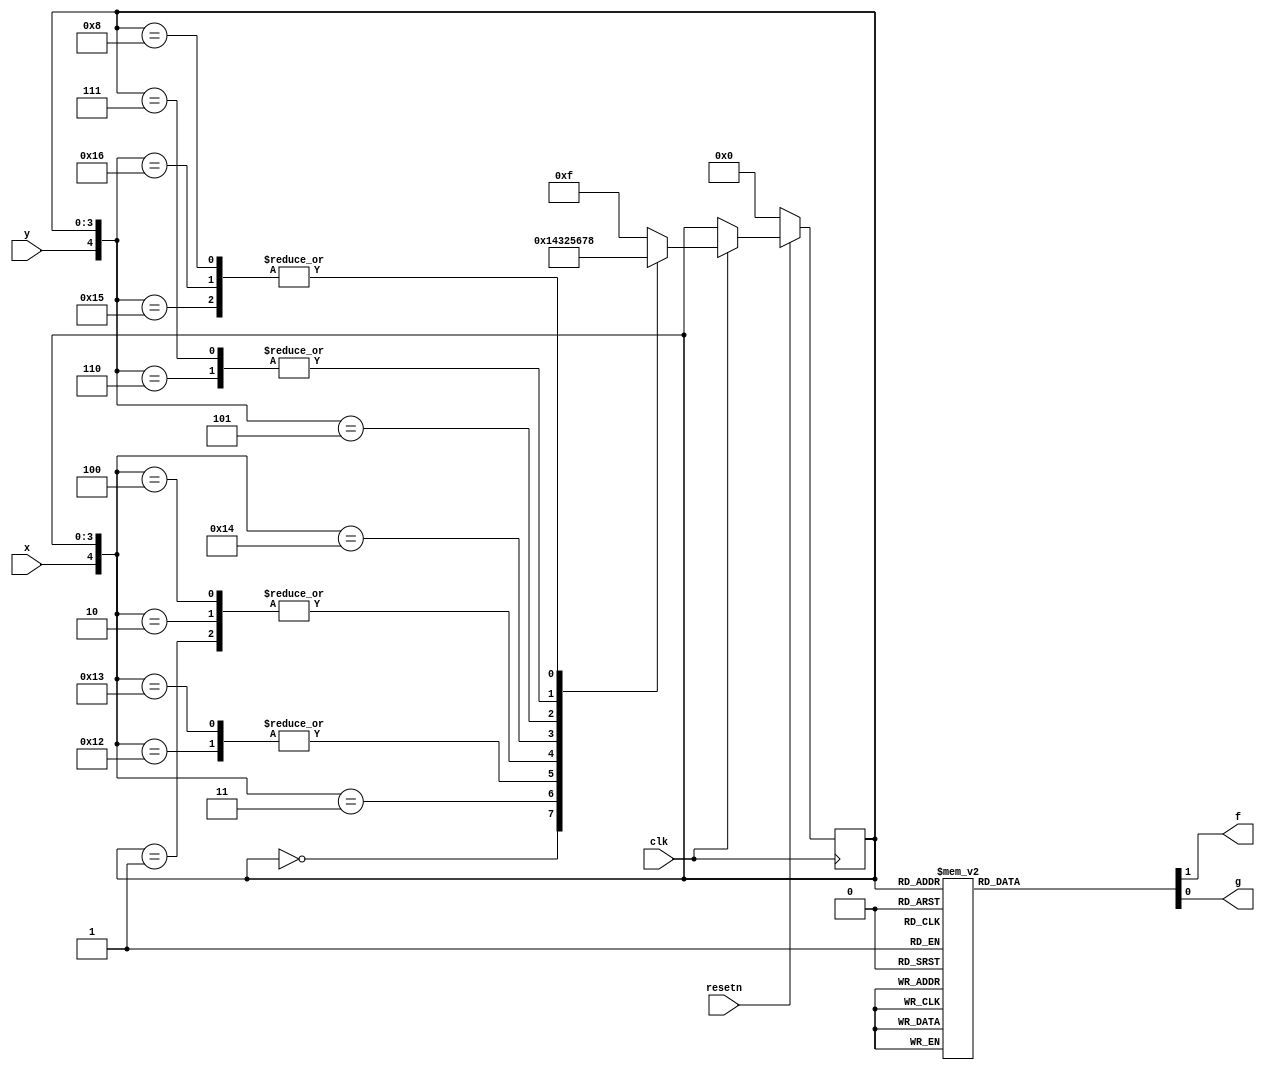
/*

Copyright 2022 Marc Ketel
SPDX-License-Identifier: Apache-2.0

*/

`default_nettype none

module top_module (
    input  wire clk,
    input  wire resetn,
    input  wire x,
    input  wire y,
    output reg  f,
    output reg  g
);

  parameter STATE_A = 4'b0000;
  parameter STATE_F = 4'b0001;
  parameter STATE_X0 = 4'b0010;
  parameter STATE_X1 = 4'b0011;
  parameter STATE_X2 = 4'b0100;
  parameter STATE_G = 4'b0101;
  parameter STATE_Y1 = 4'b0110;
  parameter STATE_GP0 = 4'b0111;
  parameter STATE_GP1 = 4'b1000;
  parameter STATE_ILLEGAL = 4'b1111;

  reg [3:0] state = STATE_A, next_state = STATE_A;

  //Determine next state.
  always @(*) begin
    casez ({
      {x, y}, state
    })
      {2'bzz, STATE_A} : next_state = STATE_F;
      {2'bzz, STATE_F} : next_state = STATE_X0;
      {2'b0z, STATE_X0} : next_state = STATE_X0;
      {2'b1z, STATE_X0} : next_state = STATE_X1;
      {2'b0z, STATE_X1} : next_state = STATE_X2;
      {2'b1z, STATE_X1} : next_state = STATE_X1;
      {2'b0z, STATE_X2} : next_state = STATE_X0;
      {2'b1z, STATE_X2} : next_state = STATE_G;
      {2'bz0, STATE_G} : next_state = STATE_Y1;
      {2'bz1, STATE_G} : next_state = STATE_GP1;
      {2'bz0, STATE_Y1} : next_state = STATE_GP0;
      {2'bz1, STATE_Y1} : next_state = STATE_GP1;
      {2'bzz, STATE_GP0} : next_state = STATE_GP0;
      {2'bzz, STATE_GP1} : next_state = STATE_GP1;
      default: next_state = STATE_ILLEGAL;
    endcase
  end

  //State transition.
  always @(posedge clk) begin
    if (~resetn) state <= STATE_A;
    else if (clk) state <= next_state;
  end

  //Determine output.
  always @(*) begin
    case (state)
      STATE_A, STATE_X0, STATE_X1, STATE_X2, STATE_GP0: {f, g} = 2'b00;
      STATE_F: {f, g} = 2'b10;
      STATE_G, STATE_Y1, STATE_GP1: {f, g} = 2'b01;
      default: {f, g} = 2'bxx;
    endcase
  end
endmodule